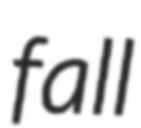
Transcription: fall